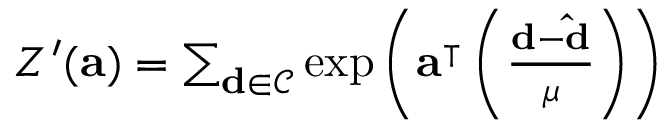
\begin{array} { r } { Z ^ { \prime } ( \mathbf { a } ) = \sum _ { \mathbf { d } \in \mathcal { C } } \exp \left( \mathbf { a } ^ { \intercal } \left( \frac { \mathbf { d - \hat { d } } } { \mu } \right) \right) } \end{array}